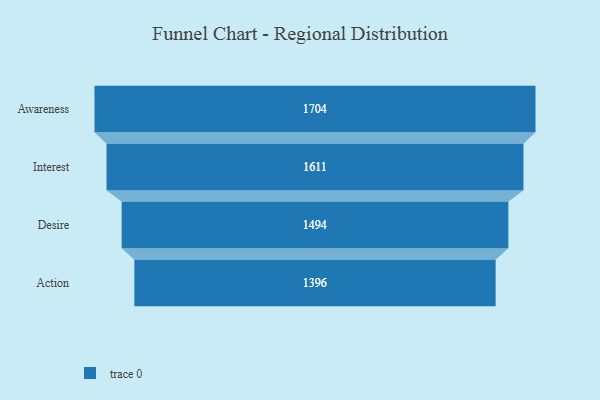
{"axis": {"x": "Stage", "y": "Value"}, "legend": [""], "data": [{"x": "Awareness", "y": 1704.0, "type": ""}, {"x": "Interest", "y": 1611.0, "type": ""}, {"x": "Desire", "y": 1494.0, "type": ""}, {"x": "Action", "y": 1396.0, "type": ""}]}